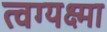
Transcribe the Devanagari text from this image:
त्वग्यक्ष्मा